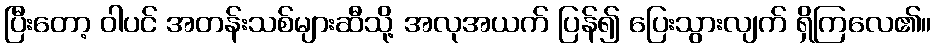
ပြီးတော့ ဝါပင် အတန်းသစ်များဆီသို့ အလုအယက် ပြန်၍ ပြေးသွားလျက် ရှိကြလေ၏။